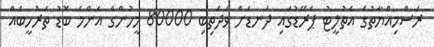
ރަސްމިއްޔާތުގެ އެތުލީޓު ޕެރޭޑުގައި ދަނޑަށް ވަދެތިބި 80000 މީހުންގެ އެންމެ ބޮޑު ތަރުހީބެއް